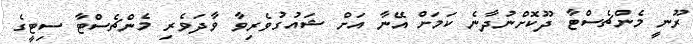
ރޫނީ މެންޗެސްޓާ ދޫކޮށްނުދާނެ ކަމަށް އޭނާ އަށް ޝައުގުވެރިވާ ވާދަވެރި މެންޗެސްޓާ ސިޓީގެ